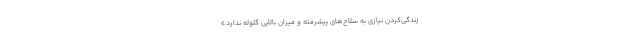
زندگی‌کردن نیازی به سلاح‌های پیشرفته و میزان بالایی گلوله ندارد.»